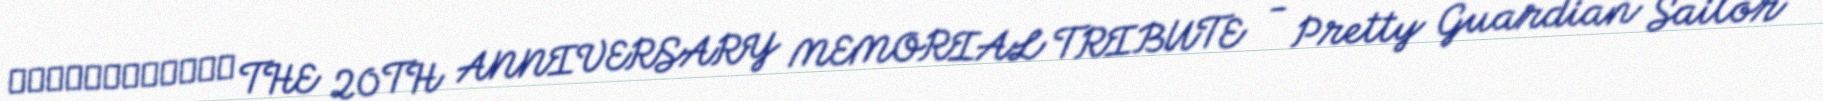
美少女戦士セーラームーン THE 20TH ANNIVERSARY MEMORIAL TRIBUTE - Pretty Guardian Sailor